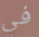
في